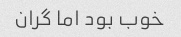
خوب بود اما گران